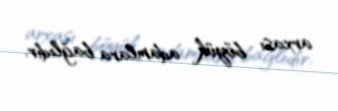
arxası böyük adamlara bağlıdır.